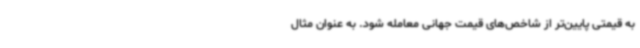
به قیمتی پایین‌تر از شاخص‌های قیمت جهانی معامله شود. به عنوان مثال